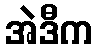
အဲဒီက